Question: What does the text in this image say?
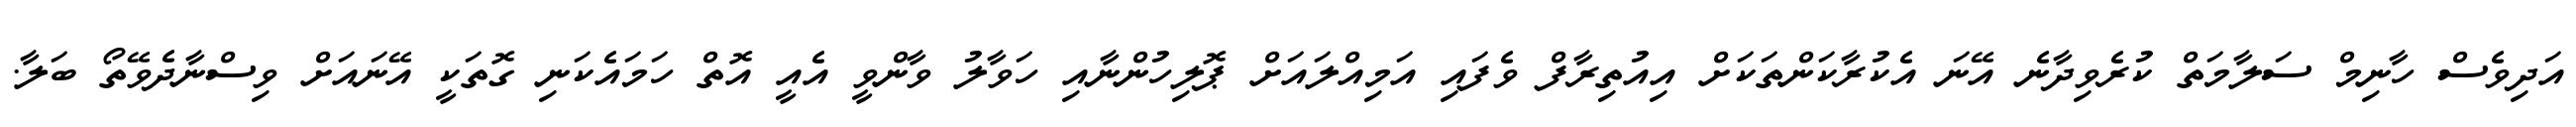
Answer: އަދިވެސް ހާނިމް ސަލާމަތް ކުރެވިދާނެ އޭނަ އެކުރާކަންތަކަށް އިއުތިރާފް ވެފައި އަމިއްލައަށް ޕޮލިހުންނާއި ހަވާލު ވާންވީ އެއީ އޮތް ހަމައެކަނި ގޮތަކީ އޭނައަށް ވިސްނާދެވޭތޯ ބަލާ.